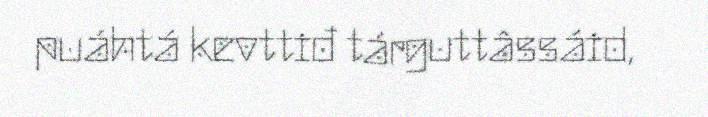
puáhtá kevttiđ tárguttâssáid,